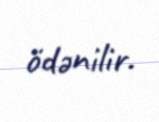
ödənilir.